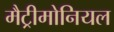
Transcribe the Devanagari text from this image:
मैट्रीमोनियल